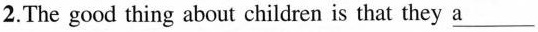
2.The good thing about children is that they\underline{a}